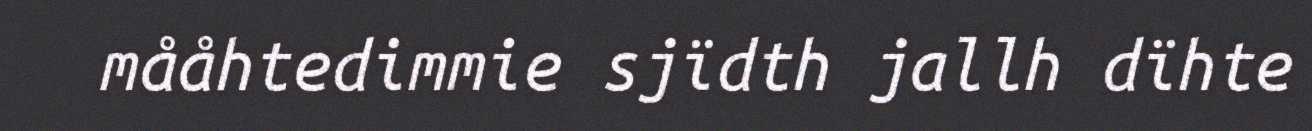
mååhtedimmie sjïdth jallh dïhte